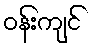
ဝန်းကျင်